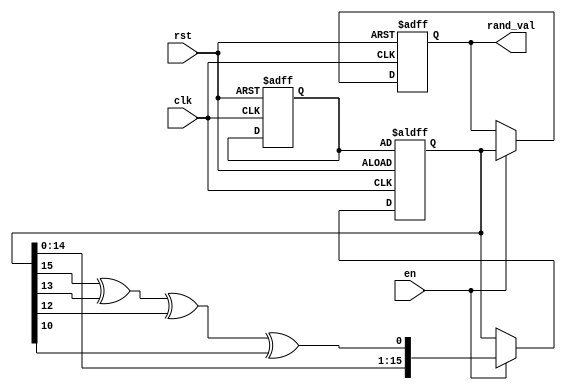
module Random_Initialization (
    input wire clk,
    input wire rst,
    input wire en,
    output reg [15:0] rand_val // 16-bit random value output
);

    // Internal variables
    reg [15:0] seed;           // Seed for random number generation
    reg [15:0] random_state;   // Current state of the random number generator

    // Pseudo-random number generator using a simple LFSR
    always @(posedge clk or posedge rst) begin
        if (rst) begin
            // Reset behavior
            rand_val <= 16'b0; // Initialize output to zero
            seed <= 16'hACE1;  // Initial seed value
            random_state <= seed; // Initialize random state
        end else if (en) begin
            // Random value generation
            // Example LFSR feedback polynomial: x^16 + x^14 + x^13 + x^11 + 1
            random_state <= {random_state[14:0], random_state[15] ^ random_state[13] ^ random_state[12] ^ random_state[10]};
            rand_val <= random_state; // Update the output with the new random value
        end
    end

endmodule